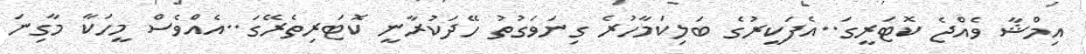
އިމްޝާ ވެއްޖެ ކޮޓަރީގަ..އެފަކީރުގެ ބަލިކަމާހުރެ ގިނަވަގުތު ހޭދަކުރާނީ ކޮޓަރިތެރޭގަ..އެއްވެސް މީހަކާ މާގިނަ